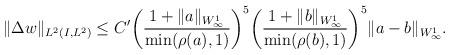
LaTeX: \begin{align*} \begin{aligned} \| \Delta w \|_{L^2(I,L^2)} &\leq C' \bigg(\frac{1+\| a\|_{{W^{1}_\infty}}}{\min({\rho(a)},1)} \bigg)^5 \bigg(\frac{1+\| b\|_{{W^{1}_\infty}}}{\min({\rho(b)},1)} \bigg)^5 \|a-b\|_{{W^{1}_\infty}}. \end{aligned}\end{align*}